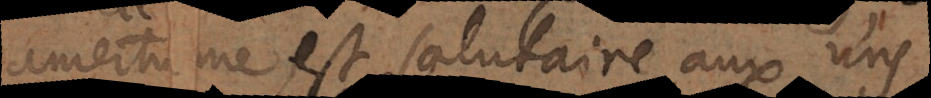
amertume est salutaire aux uns,